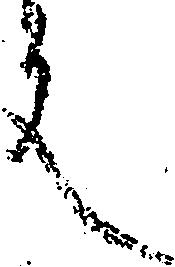
文